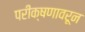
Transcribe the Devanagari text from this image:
परीक्षणावरून